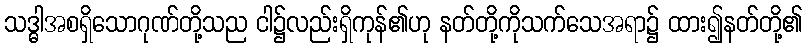
သဒ္ဓါအစရှိသောဂုဏ်တို့သည ငါ၌လည်းရှိကုန်၏ဟု နတ်တို့ကိုသက်သေအရာ၌ ထား၍နတ်တို့၏